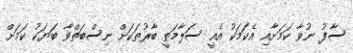
ސާފު ނުވާ ކަމަށާއި އެކަމަކު އެއީ ސަލާމަތީ ބާރުތަކަށް ނިސްބަތްވާ ބަޔަކު ކަމަށް